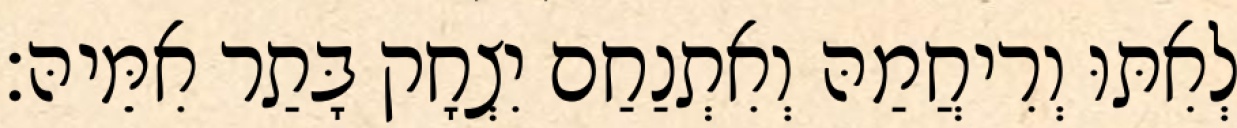
לְאִתּוּ וְרִיחֲמַהּ וְאִתְנַחַם יִצְחָק בָּתַר אִמֵּיהּ׃